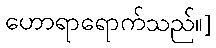
ဟောရာရောက်သည်။]